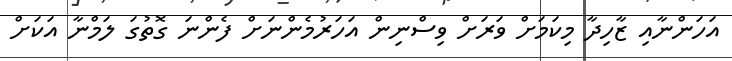
އަހަންނާއި ޒާހިދާ މިކަމަށް ވަރަށް ވިސްނިން އަހަރުމެންނަށް ފެންނަ ގޮތުގަ ލަމްނާ އަކަށް